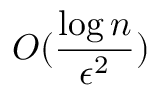
O ( \frac { \log n } { \epsilon ^ { 2 } } )